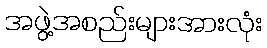
အဖွဲ့အစည်းများအားလုံး